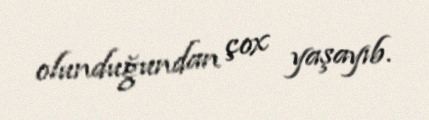
olunduğundan çox yaşayıb.